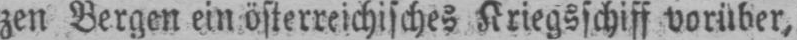
zen Bergen ein österreichisches Kriegsschiff vorüber,